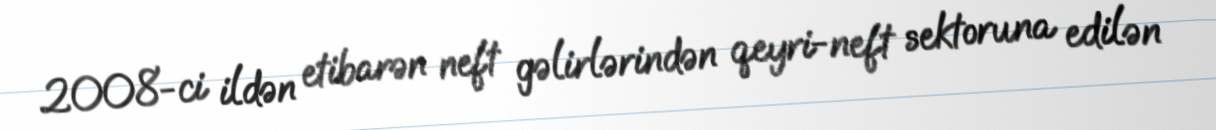
2008-ci ildən etibarən neft gəlirlərindən qeyri-neft sektoruna edilən